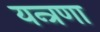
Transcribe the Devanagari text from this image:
यन्त्रणा